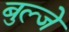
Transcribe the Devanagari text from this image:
बुल्जे